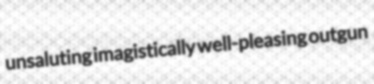
unsaluting imagistically well-pleasing outgun